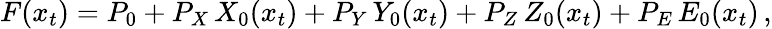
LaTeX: F(x_{t})=P_{0}+P_{X}\, X_{0}(x_{t})+P_{Y}\, Y_{0}(x_{t})+P_{Z}\, Z_{0}(x_{t})+P_{E}\, E_{0}(x_{t})\, ,